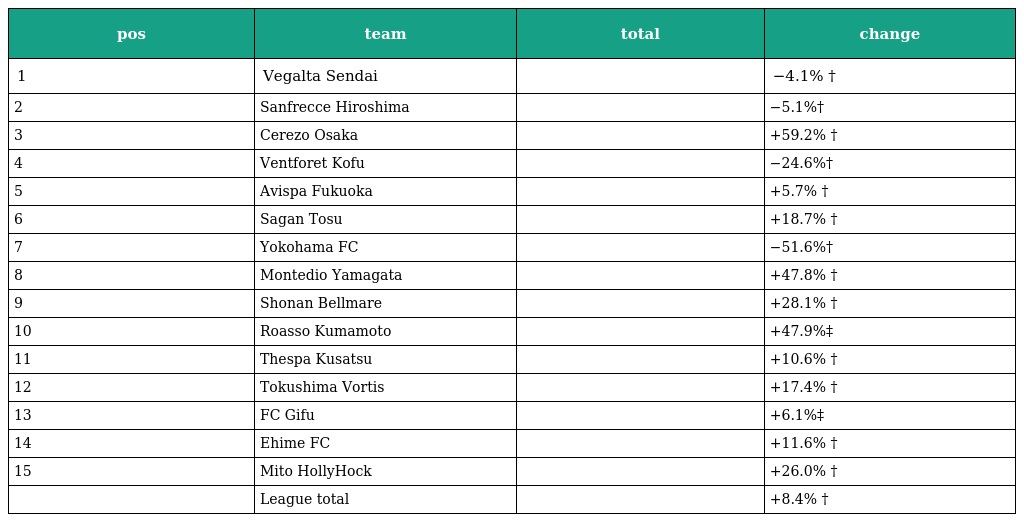
| pos | team | total | change |
 | --- | --- | --- | --- |
 | 1 | Vegalta Sendai |  | −4.1% † |
 | 2 | Sanfrecce Hiroshima |  | −5.1%† |
 | 3 | Cerezo Osaka |  | +59.2% † |
 | 4 | Ventforet Kofu |  | −24.6%† |
 | 5 | Avispa Fukuoka |  | +5.7% † |
 | 6 | Sagan Tosu |  | +18.7% † |
 | 7 | Yokohama FC |  | −51.6%† |
 | 8 | Montedio Yamagata |  | +47.8% † |
 | 9 | Shonan Bellmare |  | +28.1% † |
 | 10 | Roasso Kumamoto |  | +47.9%‡ |
 | 11 | Thespa Kusatsu |  | +10.6% † |
 | 12 | Tokushima Vortis |  | +17.4% † |
 | 13 | FC Gifu |  | +6.1%‡ |
 | 14 | Ehime FC |  | +11.6% † |
 | 15 | Mito HollyHock |  | +26.0% † |
 |  | League total |  | +8.4% † |